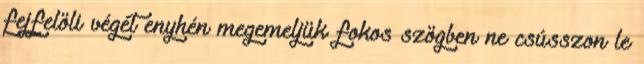
fejfelöli végét enyhén megemeljük fokos szögben ne csússzon le